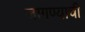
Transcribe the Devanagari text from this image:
जागण्याची